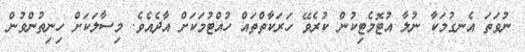
ނުވަތަ އެނގުމަކާ ނުލާ އުޓޮމެޓިކުން ކުރެވޭ ހަރަކާތްތައް ހުއްޓުމަކަށް އާދެއެވެ. މިސާލަކަށް ހިނިތުންވުން